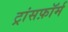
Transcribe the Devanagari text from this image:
ट्रांसफ़ॉर्म